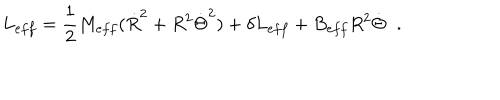
L _ { e f f } = \frac { 1 } { 2 } M _ { e f f } ( \dot { R } ^ { 2 } + R ^ { 2 } \dot { \Theta } ^ { 2 } ) + \delta L _ { e f f } + B _ { e f f } R ^ { 2 } \dot { \Theta } \; \; .